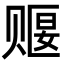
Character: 𬥺